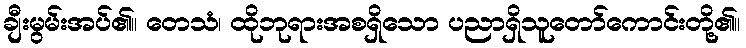
ချီးမွမ်းအပ်၏။ တေသံ၊ ထိုဘုရားအစရှိသော ပညာရှိသူတော်ကောင်းတို့၏။